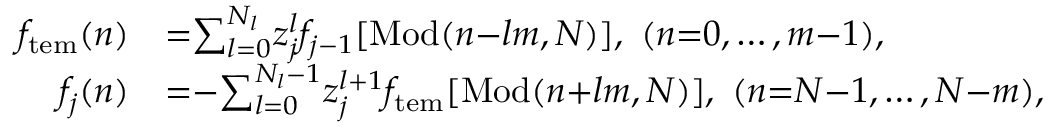
\begin{array} { r l } { f _ { \mathrm { t e m } } ( n ) } & { { = } { \sum _ { l = 0 } ^ { N _ { l } } } z _ { j } ^ { l } f _ { j - 1 } [ \mathrm { M o d } ( n { - } l m , N ) ] , \ ( n { = } 0 , \ldots , m { - } 1 ) , } \\ { f _ { j } ( n ) } & { { = } { - } { \sum _ { l = 0 } ^ { N _ { l } - 1 } } z _ { j } ^ { l { + } 1 } f _ { \mathrm { t e m } } [ \mathrm { M o d } ( n { + } l m , N ) ] , \ ( n { = } N { - } 1 , \ldots , N { - } m ) , } \end{array}